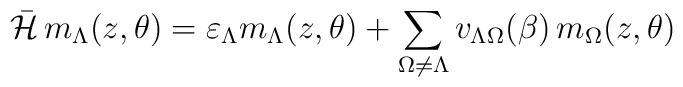
\bar {\cal{H}} \, m_{\Lambda}(z,\theta)= \varepsilon_{\Lambda} m_{\Lambda}(z,\theta)+\sum_{\Omega\neq \Lambda} v_{\Lambda \Omega}(\beta) \, m_{\Omega}(z,\theta)